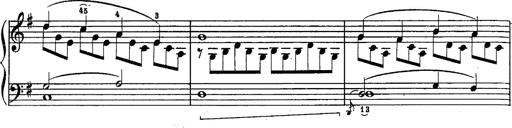
Title: Schubert's Impromptus [revised and edited by Franz Liszt]
Composer: Franz Liszt